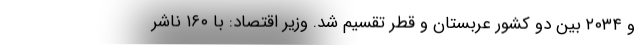
و ۲۰۳۴ بین دو کشور عربستان و قطر تقسیم شد. وزیر اقتصاد: با ۱۶۰ ناشر